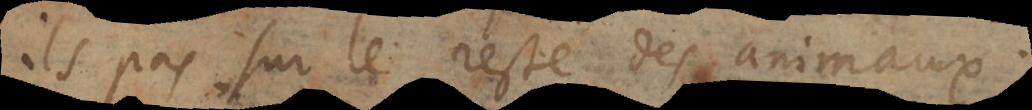
ils pas sur le reste des animaux